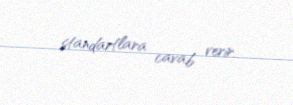
standartlara cavab verir.